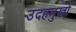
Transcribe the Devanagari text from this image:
उदहमुखो